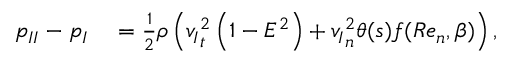
\begin{array} { r l } { { p _ { I I } } - { p _ { I } } } & { { } = { } \frac { 1 } { 2 } \rho \left( { v _ { I } } _ { t } ^ { 2 } \left( 1 - E ^ { 2 } \right) + { v _ { I } } _ { n } ^ { 2 } \theta ( s ) f ( R e _ { n } , \beta ) \right) , } \end{array}